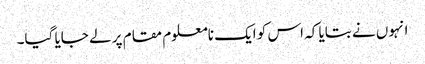
انہوں نے بتایا کہ اس کو ایک نامعلوم مقام پر لے جایا گیا۔